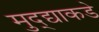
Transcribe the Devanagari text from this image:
मुद्द्याकडे